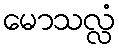
မောသလ္လံ